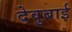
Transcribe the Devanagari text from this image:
देवुबाई